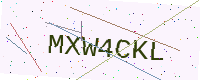
Text: MXW4CKL